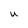
Character: U